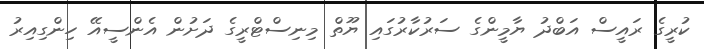
ކުރީގެ ރައީސް އަބްދު ޔާމީންގެ ސަރުކާރުގައި ޔޫތް މިނިސްޓްރީގެ ދަށުން އެންސީއޭ ހިންގިއިރު